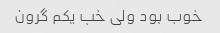
خوب بود ولی خب یکم گرون